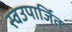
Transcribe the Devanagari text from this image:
स्वउपार्जित